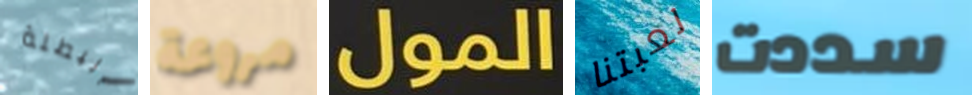
البطلة مروعة المول لعبتنا سددت